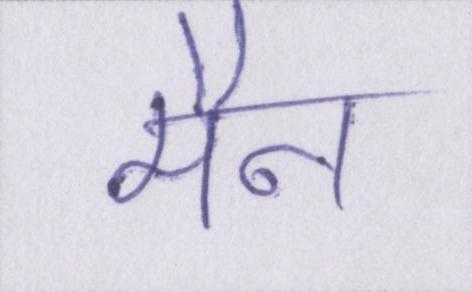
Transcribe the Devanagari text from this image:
मैन